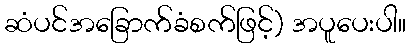
ဆံပင်အခြောက်ခံစက်ဖြင့်) အပူပေးပါ။